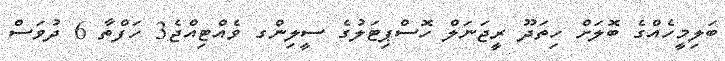
ބަލިމީހެއްގެ ބޮލަށް ހިތަދޫ ރީޖަނަލް ހޮސްޕިޓަލުގެ ސީލިންގ ވެއްޓިއްޖެ3 ހަފްތާ 6 ދުވަސް